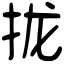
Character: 拢